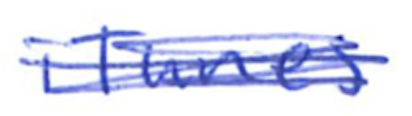
Text: iTunes
Cross-out: scratch
Writing tool: ballpoint